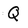
Character: Q